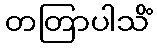
တတြာပါသိံ